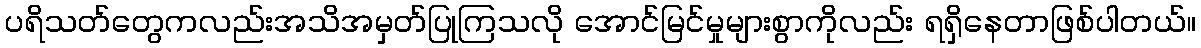
ပရိသတ်တွေကလည်းအသိအမှတ်ပြုကြသလို အောင်မြင်မှုများစွာကိုလည်း ရရှိနေတာဖြစ်ပါတယ်။